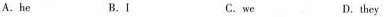
A.he B.1 C. we D.they